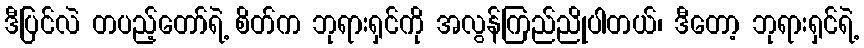
ဒီပြင်လဲ တပည့်တော်ရဲ့ စိတ်က ဘုရားရှင်ကို အလွန်ကြည်ညိုပါတယ်၊ ဒီတော့ ဘုရားရှင်ရဲ့